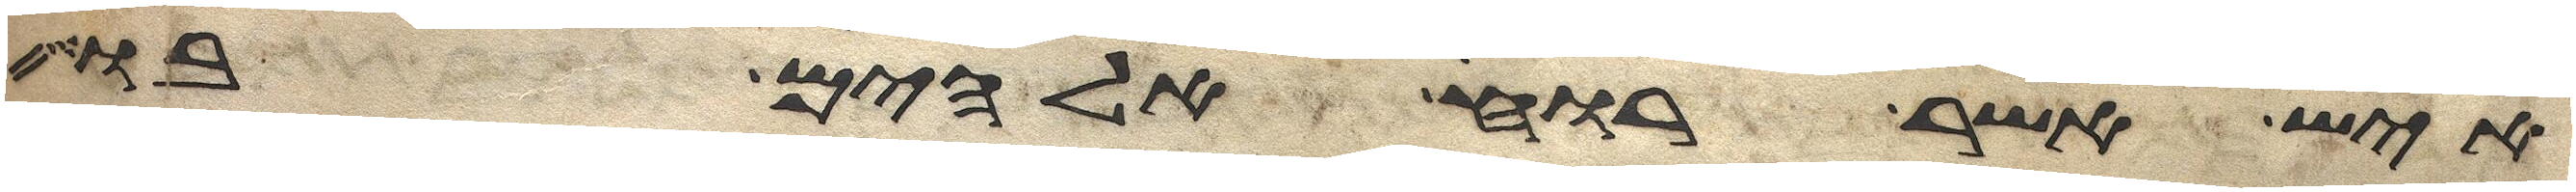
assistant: איש אשר רוח אלהים בו